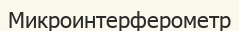
Микроинтерферометр